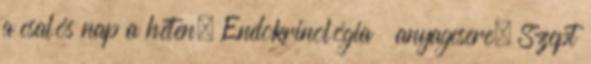
a csalós nap a héten. Endokrinológia anyagcsere. Szept